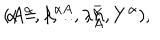
( A ^ { \alpha } , \lambda ^ { \alpha A } , \lambda _ { A } ^ { \bar { \alpha } } , Y ^ { \alpha } ) , \hspace { 0 . 3 c m } \alpha = 1 , \ldots , n